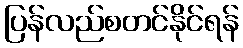
ပြန်လည်စတင်နိုင်ရန်